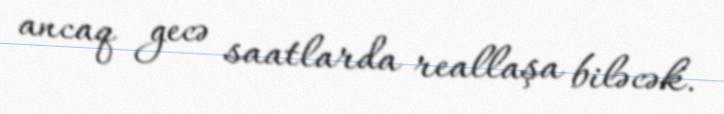
ancaq gecə saatlarda reallaşa biləcək.